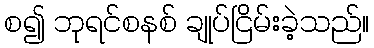
စ၍ ဘုရင်စနစ် ချုပ်ငြိမ်းခဲ့သည်။